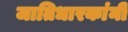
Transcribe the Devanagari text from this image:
जातिधारकांनी